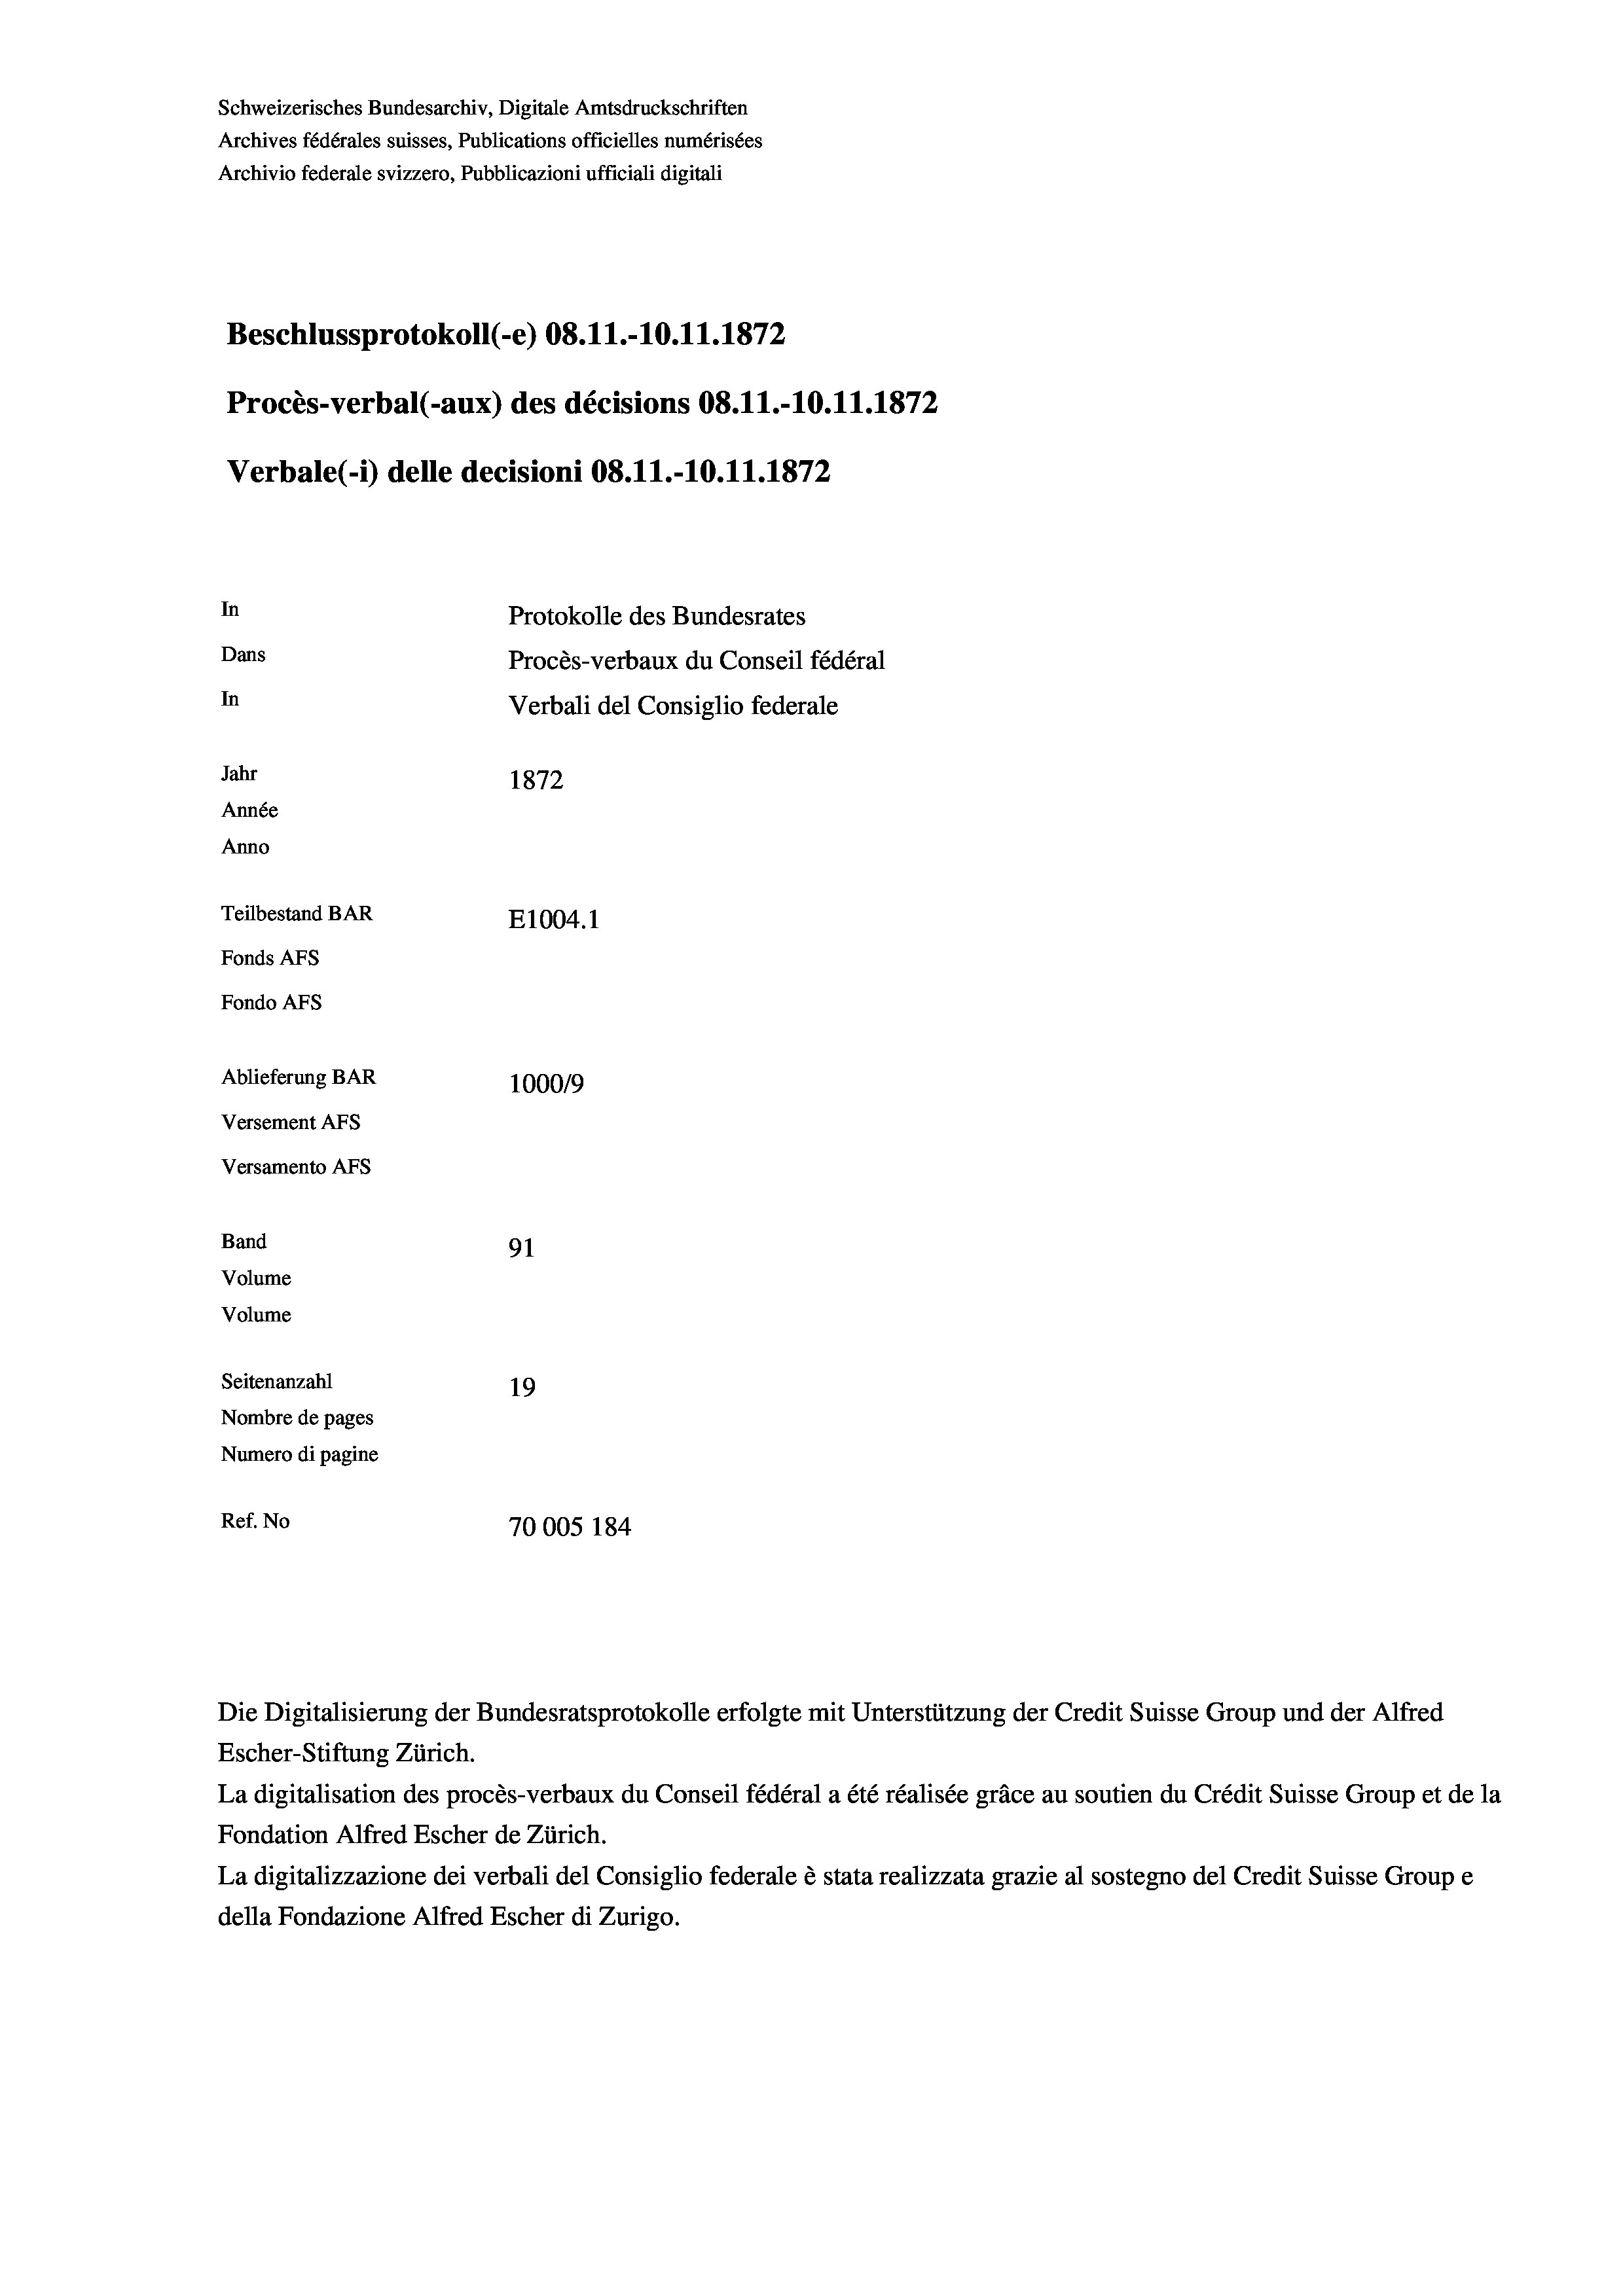
Schweizerisches Bundesarchiv, Digitale Amtsdruckschriften
Archives fédérales suisses, Publications officielles numérisées
Archivio federale svizzero, Pubblicazioni ufficiali digitali
Beschlussprotokoll (-e) 08.11.-10.11.1872
Procès-verbal (-aux) des décisions 08.11.-10.11.1872
Verbale (i) delle decisioni 08.11.-10.11.1872
In
Protokolle des Bundesrates
Dans
Procès-verbaux du Conseil fédéral
In
Verbali del Consiglio federale
Jahr
1872
Année
Anno
Teilbestand BAR
E1004. 1
Fonds AFs
Fondo AFs
Ablieferung BAR
100019
Versement AFs
Versamento Afs
Band
91
Volume
Volume
Seitenanzahl
19
Nombre de pages
Numero di pagine
Ref. No
70005 184

Escher-Stiftung Zürich.
La digitalisation des procès-verbaux du Conseil fédéral a été réalisée gräce au soutien du Crédit Suisse Group et de la
Fondation Alfred Escher de Zürich.
La digitalizzazione dei verbali del Consiglio federale è stata realizzata grazie al sostegno del Credit Suisse Groupe
della Fondazione Alfred Escher di Zurigo.

Die Digitalisierung der Bundesratsprotokolle erfolgte mit Unterstützung der Credit Suisse Group und der Alfred